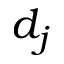
d _ { j }